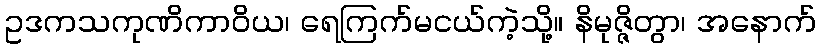
ဥဒကသကုဏိကာဝိယ၊ ရေကြက်မငယ်ကဲ့သို့။ နိမုဇ္ဇိတွာ၊ အနောက်